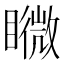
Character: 矀